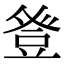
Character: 𭽁